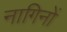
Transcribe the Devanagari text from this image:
नागिनों